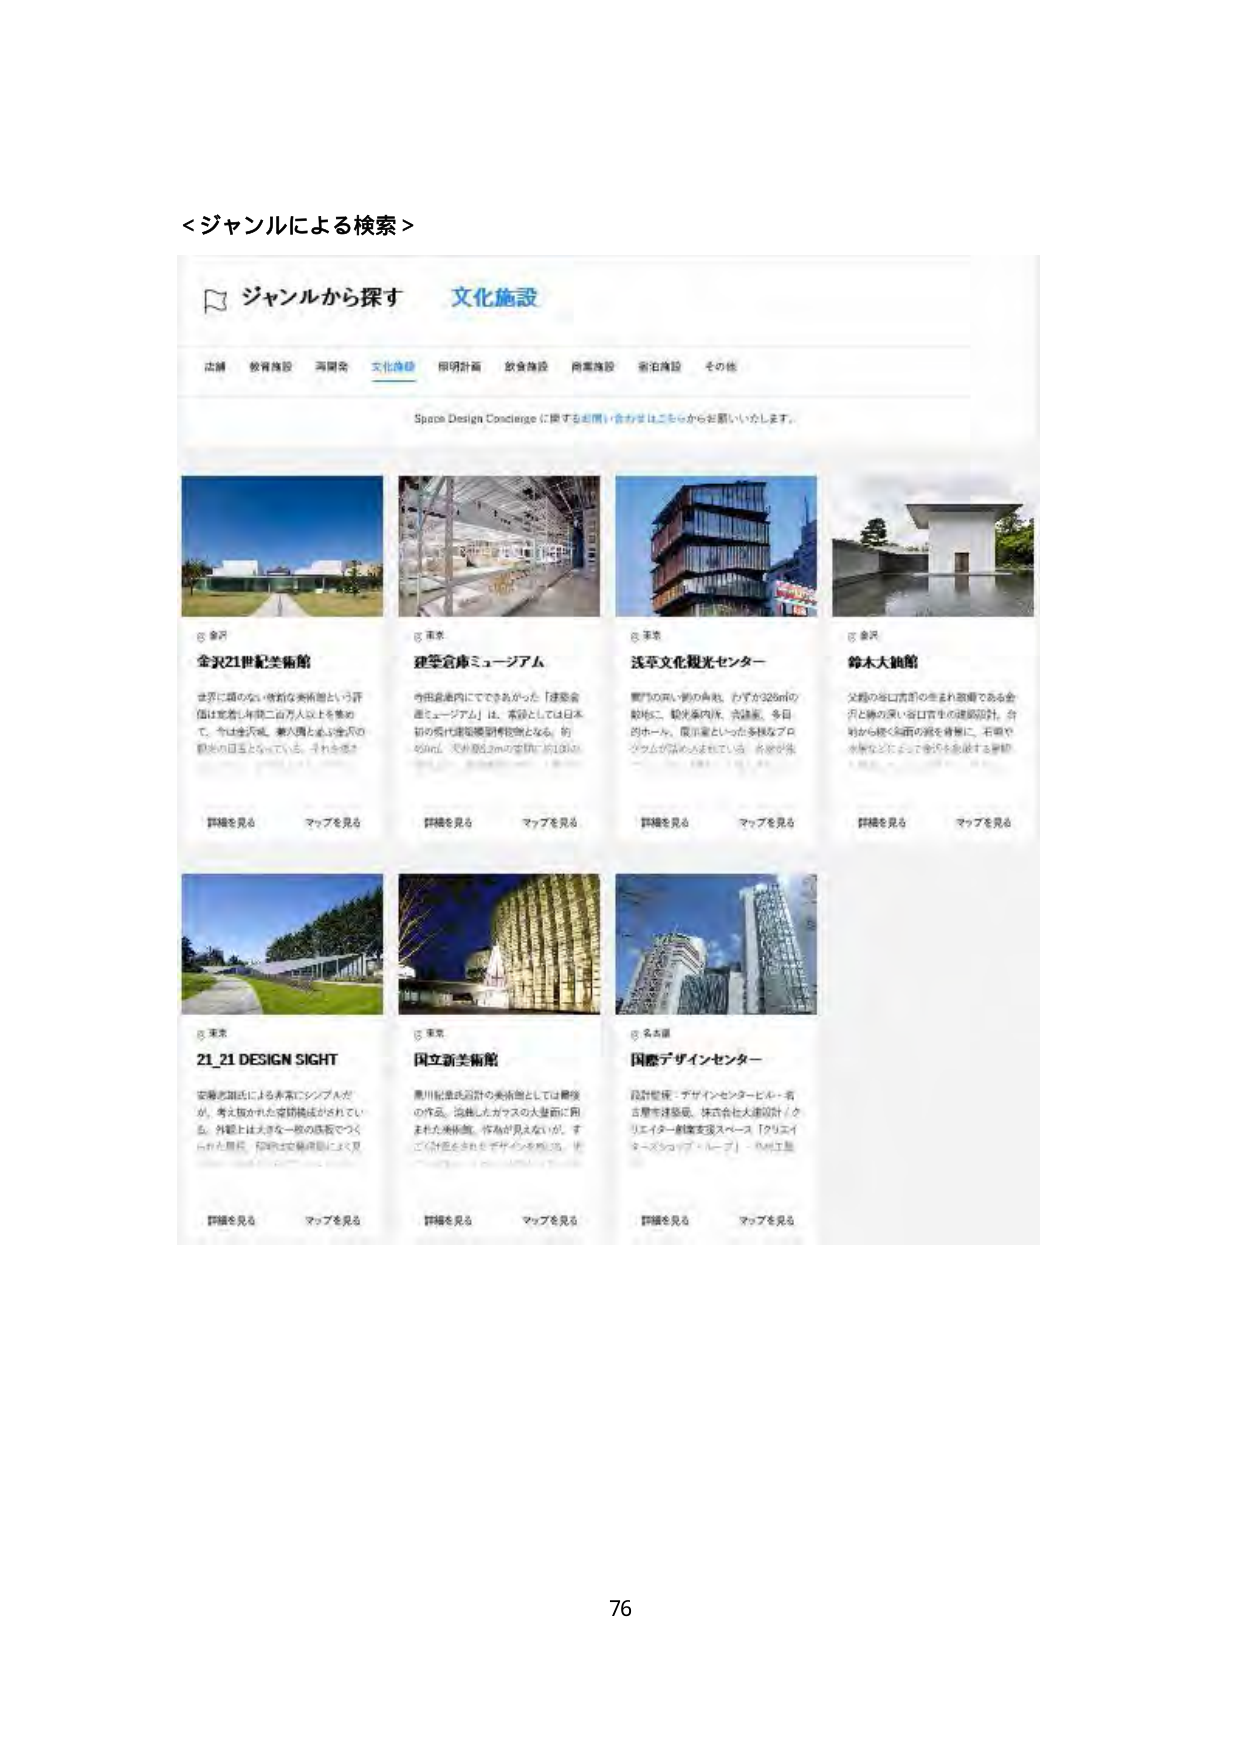
＜ジャンルによる検索＞

ジャンルから探す 文化施設

広場 教育施設 両開発 文化施設 照明計画 飲食施設 商業施設 宿泊施設 その他

Space Design Concierge に関するお問い合わせはこちらからお願いいたします。

金沢 金沢21世紀美術館
世界に誇る高い技術の美術館という評価は年間二百万以上を集めて、今は金沢城、兼六園と並ぶ金沢の観光の目玉となっている。それを感…

詳細を見る マップを見る

東京 建築倉庫ミュージアム
市内最南西にできた名がった「建築倉庫ミュージアム」は、施設としては日本初の近代建築博物館となる。約450㎡、天井高8.2mの空間に約100点…

詳細を見る マップを見る

東京 浅草文化観光センター
東京の高い街の真ん中、わずか328㎡の館内に、観光案内所、売店、多目的ホール、展示室といった多様なプログラムが詰め込まれている。各施設…

詳細を見る マップを見る

金沢 鈴木大拙館
父親の谷口吉郎の生まれ故郷である金沢と縁の深い谷口吉生の建築設計。台地から続く斜面の路を背景に、石畳や水路などによって金沢を象徴する景観…

詳細を見る マップを見る

東京 21_21 DESIGN SIGHT
安藤忠雄氏による非常にシンプルだが、考え抜かれた空間構成がされてい る。外観は巨大な一枚の鉄板でつくられた屋根、内部は建築構造により見…

詳細を見る マップを見る

東京 国立新美術館
黒川紀章氏設計の美術館としては最後の作品。溶接したガラスの大型面に囲まれた美術館。作品が見えないが、すごい計画をされたデザインを残した。

詳細を見る マップを見る

名古屋 国際デザインセンター
設計監理：デザインセンタービル・名古屋市建築局、株式会社大進設計／クリエイター創業支援スペース「クリエイターズショップ・ルーブ」・小林正登

詳細を見る マップを見る

76